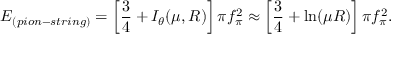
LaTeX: E _ { ( p i o n - s t r i n g ) } = \left[ \frac { 3 } { 4 } + I _ { \theta } ( \mu , R ) \right] \pi f _ { \pi } ^ { 2 } \approx \left[ \frac { 3 } { 4 } + \ln ( \mu R ) \right] \pi f _ { \pi } ^ { 2 } .